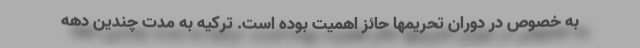
به خصوص در دوران تحریمها حائز اهمیت بوده است. ترکیه به مدت چندین دهه